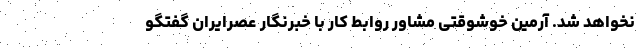
نخواهد شد. آرمین خوشوقتی مشاور روابط کار با خبرنگار عصرایران گفتگو